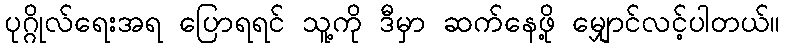
ပုဂ္ဂိုလ်ရေးအရ ပြောရရင် သူ့ကို ဒီမှာ ဆက်နေဖို့ မျှောင်လင့်ပါတယ်။